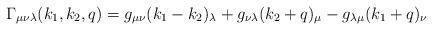
LaTeX: \begin{align*}\Gamma _{\mu \nu \lambda }(k_1,k_2,q)=g_{\mu \nu }(k_1-k_2)_\lambda +g_{\nu\lambda }(k_2+q)_\mu -g_{\lambda \mu }(k_1+q)_\nu\end{align*}